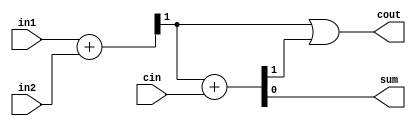

module fulladd(in1,in2,cin,cout,sum);
//`include "halfadd.v";
input in1,in2,cin;
output cout,sum;
reg sum;
reg cout;
reg h0_sum;  //0sum
reg h0_cout;  //0
reg h1_cout;  //1

always @( *) 
begin
    halfadd(in1,in2,h0_cout,h0_sum);
     halfadd(h0_cout,cin,h1_cout,sum);
     cout = h0_cout|h1_cout;
end 

task halfadd;
input in3;
input in4;
output cout1;
output sum1;
 {cout1,sum1}=in3+in4;
endtask
    

/*or 
halfadd halfadd_inst(in1,in2,h0_sum,h0_cout);
halfadd halfadd_inst1(h0_sum,cin,h1_cout,cout);
assign cout = h0_cout|h1_cout; */  
endmodule